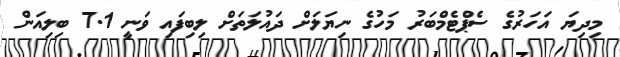
މިދިޔަ އަހަރުގެ ސެޕްޓެމްބަރު މަހުގެ ނިޔަލަށް ދައުލަތަށް ލިބިފައި ވަނީ 7.1 ބިލިއަން